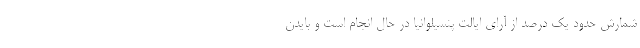
شمارش حدود یک درصد از آرای ایالت پنسیلوانیا در حال انجام است و بایدن